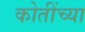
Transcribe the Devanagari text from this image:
कोतींच्या